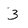
Character: 3